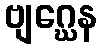
ဗျဂ္ဃေန